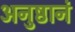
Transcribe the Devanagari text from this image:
अनुष्ठानं